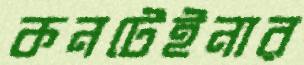
কনটেইনার